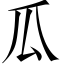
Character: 瓜